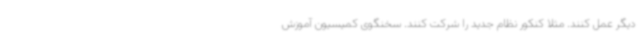
دیگر عمل کنند. مثلا کنکور نظام جدید را شرکت کنند. سخنگوی کمیسیون آموزش